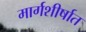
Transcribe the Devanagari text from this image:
मार्गशीर्षात